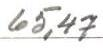
65,47